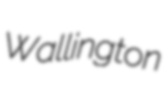
Wallington